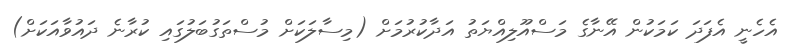
އެހެނީ އެފަދަ ކަމަކުން އޭނާގެ މަސްއޫލިއްޔަތު އަދާކުރުމަށް (މިސާލަކަށް މުސްތަގުބަލުގައި ކުރާނެ ދައުވާއަކަށް)